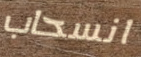
انسحاب